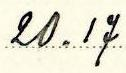
20.17